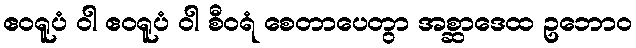
ဧဝရူပံ ဝါ ဧဝရူပံ ဝါ စီဝရံ စေတာပေတွာ အစ္ဆာဒေထ ဥဘောဝ